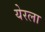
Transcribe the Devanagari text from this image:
येरला